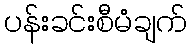
ပန်းခင်းစီမံချက်